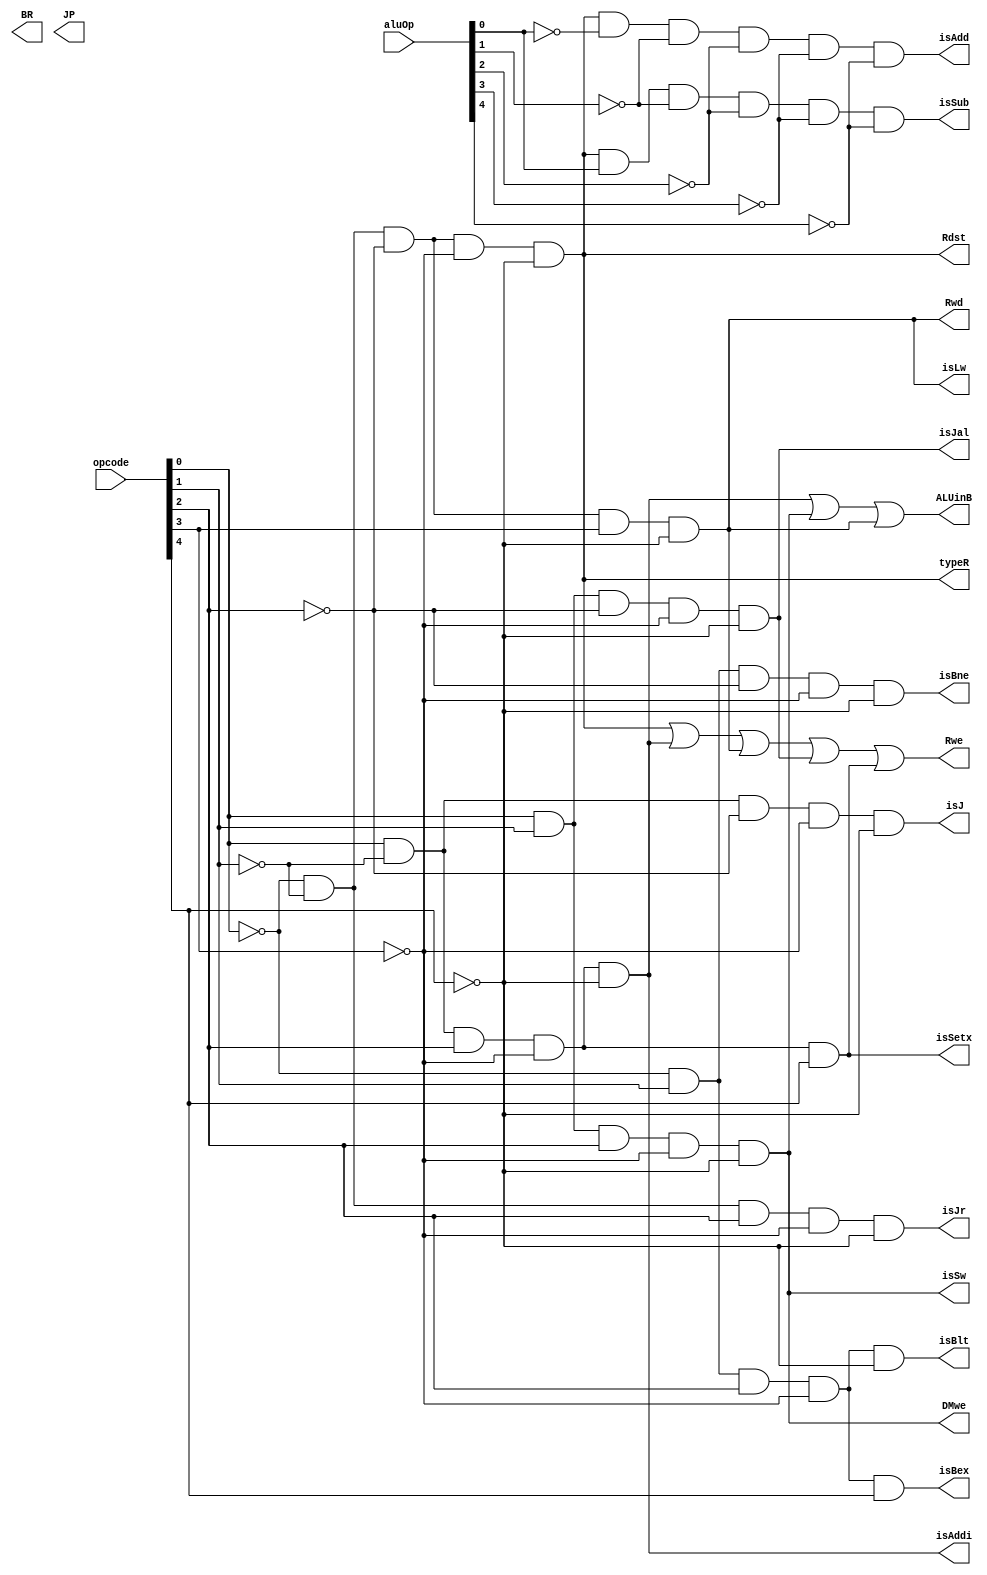
module control(opcode, aluOp, typeR, BR, JP, ALUinB, DMwe, Rwe, 
Rdst, Rwd, isSw, isAdd, isAddi, isSub, isLw,
isBex, isJ, isJal, isBlt, isBne, isJr, isSetx);

	input [4:0] opcode, aluOp;
	output typeR, BR, JP, ALUinB, DMwe, Rwe, Rdst, Rwd, isSw, isAdd, isSub, isAddi, isLw;
	output isBex, isJ, isJal, isBlt, isBne, isJr, isSetx;
	//Control Implementation Using Random Logic from our PPT Page 29
	and and1(typeR, ~opcode[0], ~opcode[1], ~opcode[2], ~opcode[3], ~opcode[4]);//00000
	and and2(isAddi, opcode[0], ~opcode[1], opcode[2], ~opcode[3], ~opcode[4]);//00101
	and and3(isSw, opcode[0], opcode[1], opcode[2], ~opcode[3], ~opcode[4]);//00111
	and and4(isLw, ~opcode[0], ~opcode[1], ~opcode[2], opcode[3], ~opcode[4]);//01000
	and and7(isAdd, typeR, ~aluOp[0], ~aluOp[1], ~aluOp[2], ~aluOp[3], ~aluOp[4]);//00000
	and and8(isSub, typeR, aluOp[0], ~aluOp[1], ~aluOp[2], ~aluOp[3], ~aluOp[4]);//00001
	and and9(isBex, ~opcode[0], opcode[1], opcode[2], ~opcode[3], opcode[4]);//10110
	and and10(isJ, opcode[0], ~opcode[1], ~opcode[2], ~opcode[3], ~opcode[4]);//00001
	and and11(isJal, opcode[0], opcode[1], ~opcode[2], ~opcode[3], ~opcode[4]);//00011
	and and12(isBlt, ~opcode[0], opcode[1], opcode[2], ~opcode[3], ~opcode[4]);//00110
	and and13(isBne, ~opcode[0], opcode[1], ~opcode[2], ~opcode[3], ~opcode[4]);//00010
	and and14(isJr, ~opcode[0], ~opcode[1], opcode[2], ~opcode[3], ~opcode[4]);//00100
	and and15(isSetx, opcode[0], ~opcode[1], opcode[2], ~opcode[3], opcode[4]);//10101
	
	//this checkpoint doesn't need BR and JP, but they will be needed later
	//assign BR = 1'b0;
	//assign JP = 1'b0;
	
	or or1(ALUinB, isAddi, isSw, isLw);
	assign DMwe = isSw;
	//CK4: or or2(Rwe, typeR, isAddi, isLw);
	or or2(Rwe, typeR, isAddi, isLw, isJal, isSetx);
	assign Rdst = typeR;
	assign Rwd = isLw;
	
endmodule